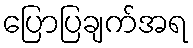
ပြောပြချက်အရ